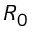
R _ { 0 }